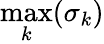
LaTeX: \operatorname*{max}_{k}(\sigma_{k})